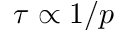
\tau \propto 1 / p